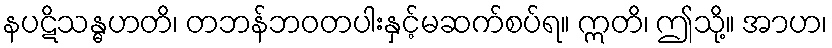
နပဋိသန္ဓဟတိ၊ တဘန်ဘဝတပါးနှင့်မဆက်စပ်ရ။ ဣတိ၊ ဤသို့။ အာဟ၊